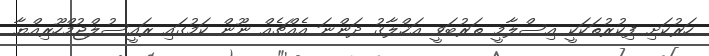
ހަރުކަށި ފިކުރުތަކަކީ އިސްލާމީ ތަރުބަވީ އަޚްލާޤު ދަންނަ އެއްޗެއް ނޫން ކަމުގައި ރައީސުލްޖުމްހޫރިއްޔާ